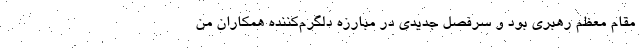
مقام معظم رهبری بود و سرفصل جدیدی در مبارزه دلگرم‌کننده همکاران من